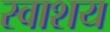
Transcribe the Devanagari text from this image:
स्वाशय